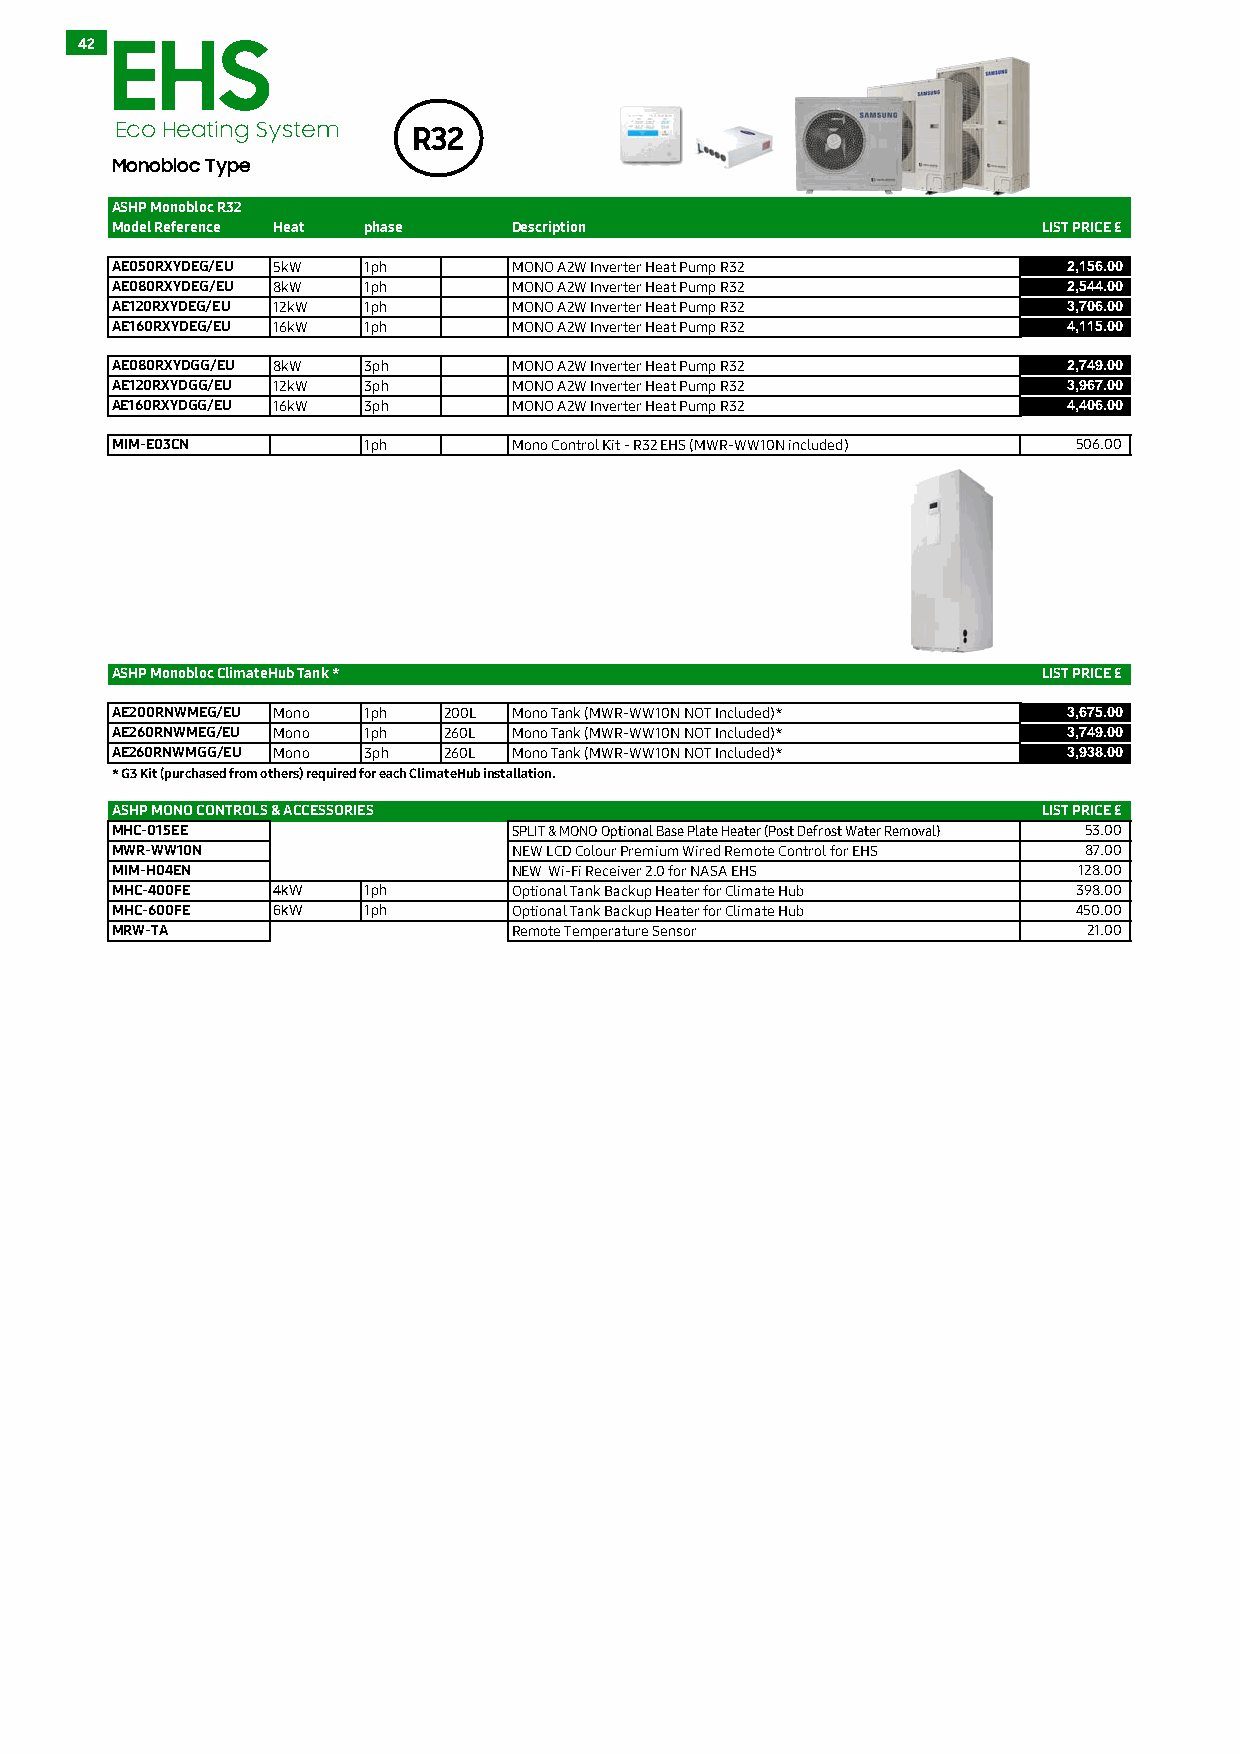
42 EHS
 Eco Heating System  R32
 Monobloc Type
 ASHP Monobloc R32
 Model Reference Heat phase Description                        LIST PRICE £
 AE050RXYDEG/EU 5kW 1ph     MONO A2W Inverter Heat Pump R32     2 ,156.00
 AE080RXYDEG/EU 8kW 1ph     MONO A2W Inverter Heat Pump R32     2 ,544.00
 AE120RXYDEG/EU 12kW 1ph    MONO A2W Inverter Heat Pump R32     3 ,706.00
 AE160RXYDEG/EU 16kW 1ph    MONO A2W Inverter Heat Pump R32     4 ,115.00
 AE080RXYDGG/EU 8kW 3ph     MONO A2W Inverter Heat Pump R32     2 ,749.00
 AE120RXYDGG/EU 12kW 3ph    MONO A2W Inverter Heat Pump R32     3 ,967.00
 AE160RXYDGG/EU 16kW 3ph    MONO A2W Inverter Heat Pump R32     4 ,406.00
 MIM-E03CN        1ph       Mono Control Kit - R32 EHS (MWR-WW10N included) 5 06.00
 ASHP Monobloc ClimateHub Tank *                               LIST PRICE £
 AE200RNWMEG/EU Mono 1ph 200L Mono Tank (MWR-WW10N NOT Included)* 3 ,675.00
 AE260RNWMEG/EU Mono 1ph 260L Mono Tank (MWR-WW10N NOT Included)* 3 ,749.00
 AE260RNWMGG/EU Mono 3ph 260L Mono Tank (MWR-WW10N NOT Included)* 3 ,938.00
 * G3 Kit (purchased from others) required for each ClimateHub installation.
 ASHP MONO CONTROLS & ACCESSORIES                              LIST PRICE £
 MHC-015EE                  SPLIT & MONO Optional Base Plate Heater (Post Defrost Water Removal) 5 3.00
 MWR-WW10N                  NEW LCD Colour Premium Wired Remote Control for EHS 8 7.00
 MIM-H04EN                  NEW Wi-Fi Receiver 2.0 for NASA EHS  1 28.00
 MHC-400FE  4kW   1ph       Optional Tank Backup Heater for Climate Hub 3 98.00
 MHC-600FE  6kW   1ph       Optional Tank Backup Heater for Climate Hub 4 50.00
 MRW-TA                     Remote Temperature Sensor             2 1.00